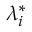
\lambda _ { i } ^ { * }